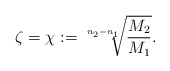
\begin{align*} \zeta=\chi:=\sqrt[n_{2}-n_{1}]{\frac{M_{2}}{M_{1}}}.\end{align*}